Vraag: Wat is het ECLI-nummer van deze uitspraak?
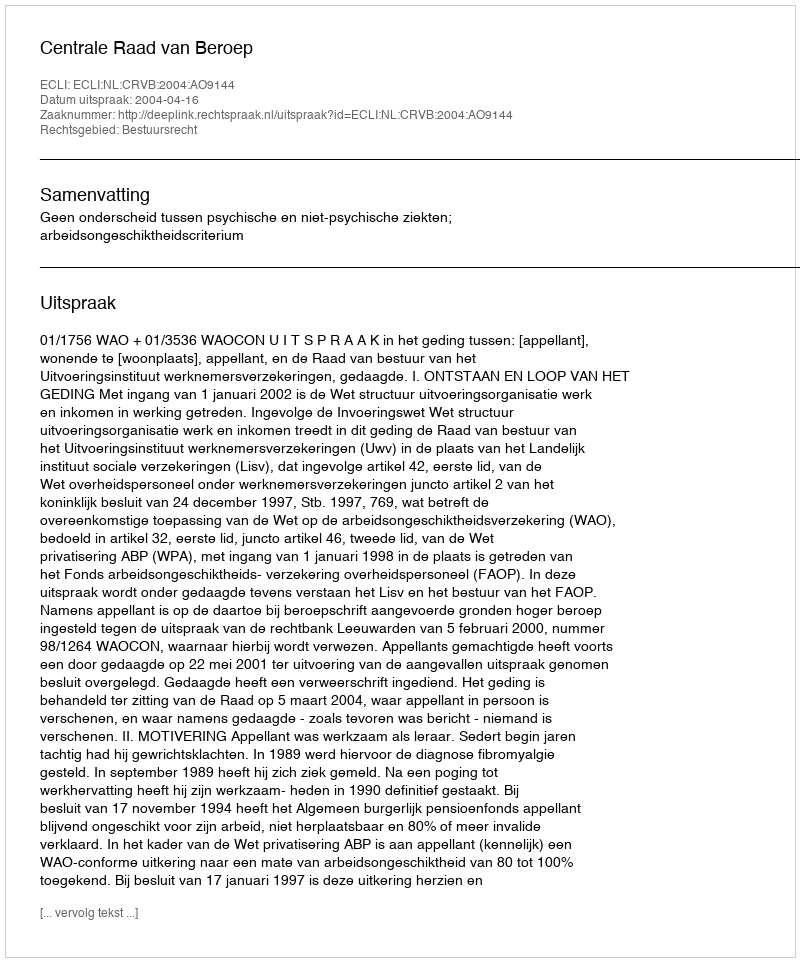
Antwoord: ECLI:NL:CRVB:2004:AO9144